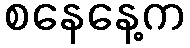
စနေနေ့က